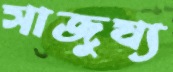
সাজুয্য